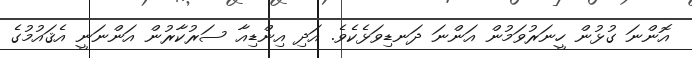
އޮންނަ ގުޅުން ހީނަރުވަމުން އަންނަ ދަނޑިވަޅެކެވެ. އަދި އިންޑިއާ ސަރުކާރުން އަންނަނީ އެޤައުމުގެ